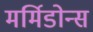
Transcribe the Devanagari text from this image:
मर्मिडोन्स